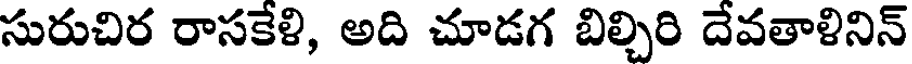
సురుచిర రాసకేళి, అది చూడగ బిల్చిరి దేవతాళినిన్